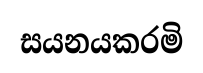
සයනයකරමි